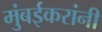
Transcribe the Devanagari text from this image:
मुंबईकरांनी